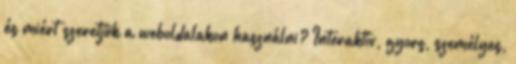
és miért szeretjük a weboldalakon használni? Interaktív, gyors, személyes,